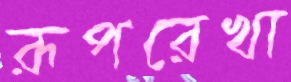
রূপরেখা